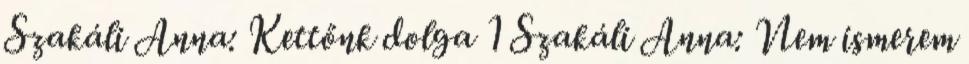
Szakáli Anna: Kettőnk dolga 1 Szakáli Anna: Nem ismerem